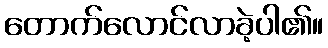
တောက်လောင်လာခဲ့ပါ၏။